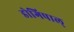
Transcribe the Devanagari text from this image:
डोगिपाल्